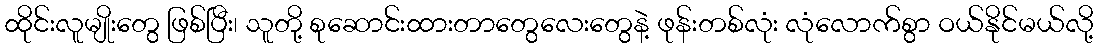
ထိုင်းလူမျိုးတွေ ဖြစ်ပြီး၊ သူတို့ စုဆောင်းထားတာတွေလေးတွေနဲ့ ဖုန်းတစ်လုံး လုံလောက်စွာ ဝယ်နိုင်မယ်လို့